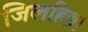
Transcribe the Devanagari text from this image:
जिलहिज्ज।